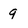
Character: q